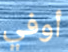
أوفي